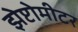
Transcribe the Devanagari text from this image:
झेप्टोमीटर